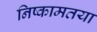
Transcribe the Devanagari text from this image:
निष्कामतया